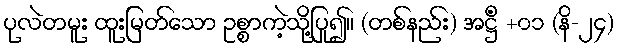
ပုလဲတမူး ထူးမြတ်သော ဥစ္စာကဲ့သို့ပြု၍။ (တစ်နည်း) အဋ္ဌိံ +၀၁ (နိ-၂၄)